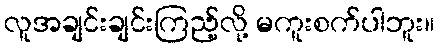
လူအချင်းချင်းကြည့်လို့ မကူးစက်ပါဘူး။